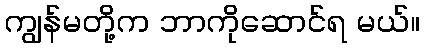
ကျွန်မတို့က ဘာကိုဆောင်ရ မယ်။